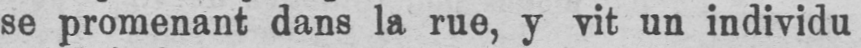
se promenant dans la rue, y vit un individu